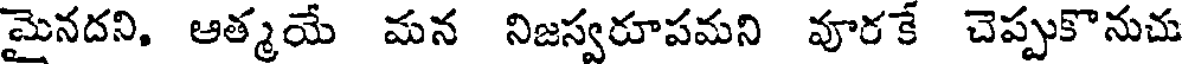
మైనదని, ఆత్మయే మన నిజస్వరూపమని వూరకే చెప్పుకొనుచు